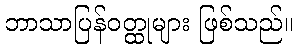
ဘာသာပြန်ဝတ္ထုများ ဖြစ်သည်။